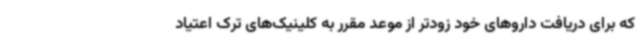
که برای دریافت داروهای خود زودتر از موعد مقرر به کلینیک‌های ترک اعتیاد